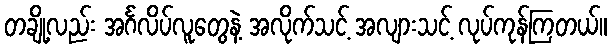
တချို့လည်း အင်္ဂလိပ်လူတွေနဲ့ အလိုက်သင့် အလျားသင့် လုပ်ကုန်ကြတယ်။